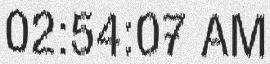
02:54:07 AM